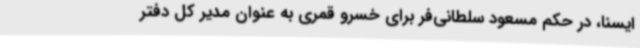
ایسنا، در حکم مسعود سلطانی‌فر برای خسرو قمری به عنوان مدیر کل دفتر